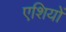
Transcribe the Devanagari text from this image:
एशियों